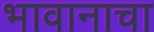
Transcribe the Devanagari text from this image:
भावानाचा